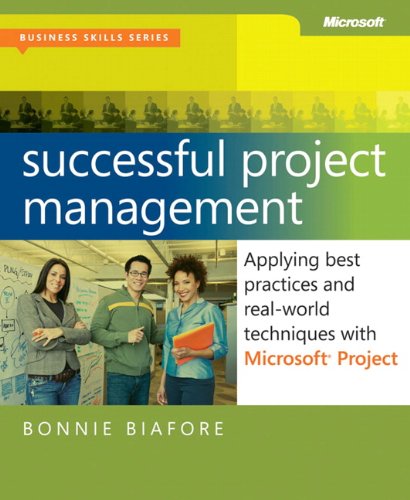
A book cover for Successful Project Management: Applying Best Practices, Proven Methods, and Real-World Techniques with Microsoft Project (Business Skills); Bonnie Biafore; Computers & Technology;